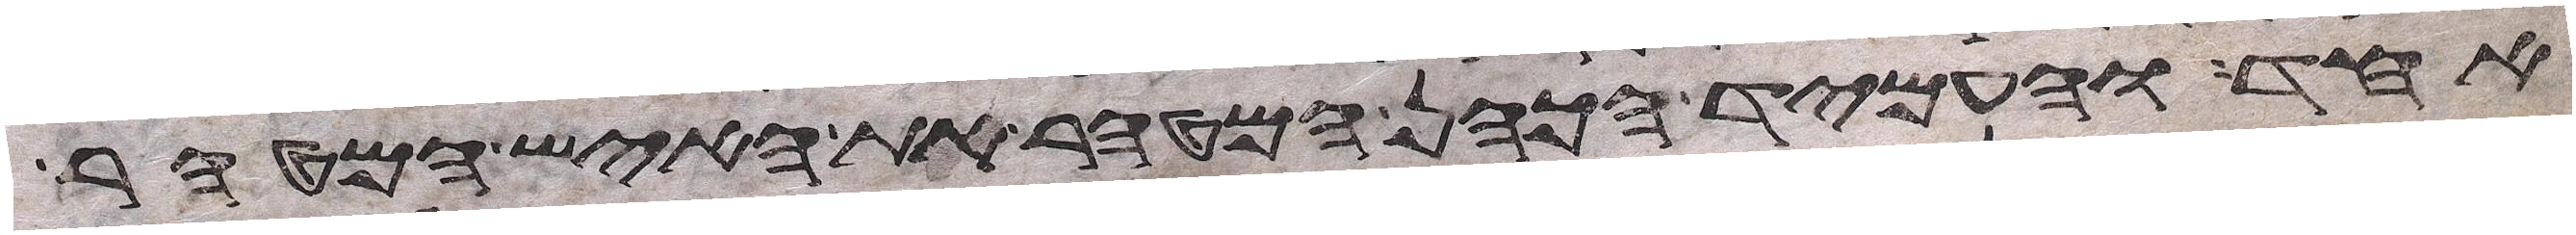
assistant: אחד והעמיד הכהן המטהר את האיש המטהר